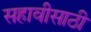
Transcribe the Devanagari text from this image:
सहावीसाठी